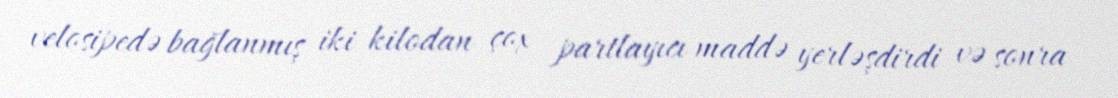
velosipedə bağlanmış iki kilodan çox partlayıcı maddə yerləşdirdi və sonra